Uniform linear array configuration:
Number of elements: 16
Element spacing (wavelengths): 1
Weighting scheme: kaiser
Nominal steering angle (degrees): -30
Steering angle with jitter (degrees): -28.13
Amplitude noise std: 0.05
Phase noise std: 0.05

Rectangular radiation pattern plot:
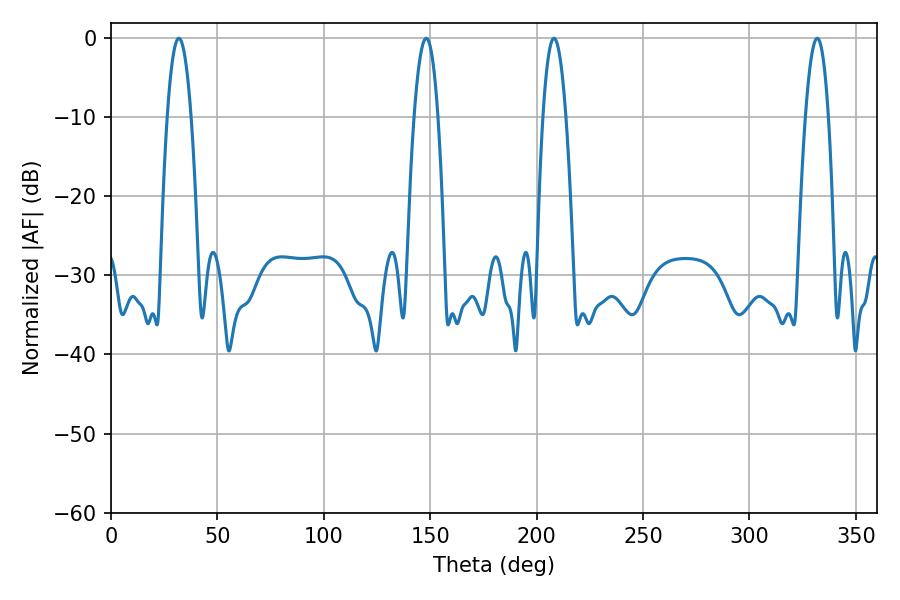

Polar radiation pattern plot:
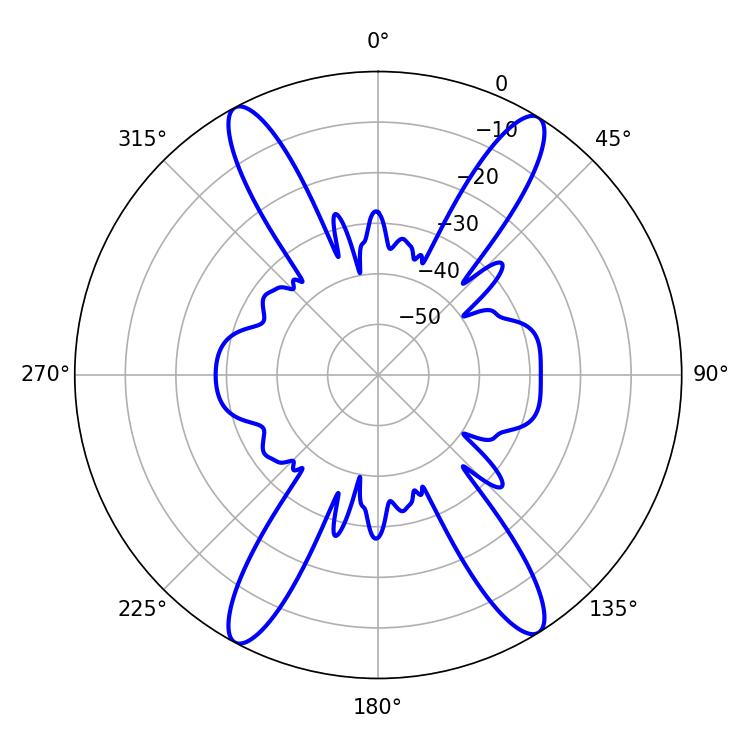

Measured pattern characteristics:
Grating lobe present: TRUE
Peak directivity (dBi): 20.623
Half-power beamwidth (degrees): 6.12
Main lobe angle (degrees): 148.14